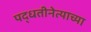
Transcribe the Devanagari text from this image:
पद्धतीनेत्याच्या